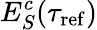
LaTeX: E_{S}^{c}(\tau_{\mathrm{ref}})